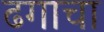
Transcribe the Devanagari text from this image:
ढगाचा